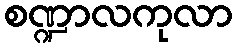
စဏ္ဍာလကုလာ